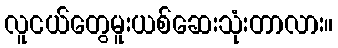
လူငယ်တွေမူးယစ်ဆေးသုံးတာလား။